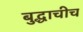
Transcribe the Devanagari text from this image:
बुद्धाचीच